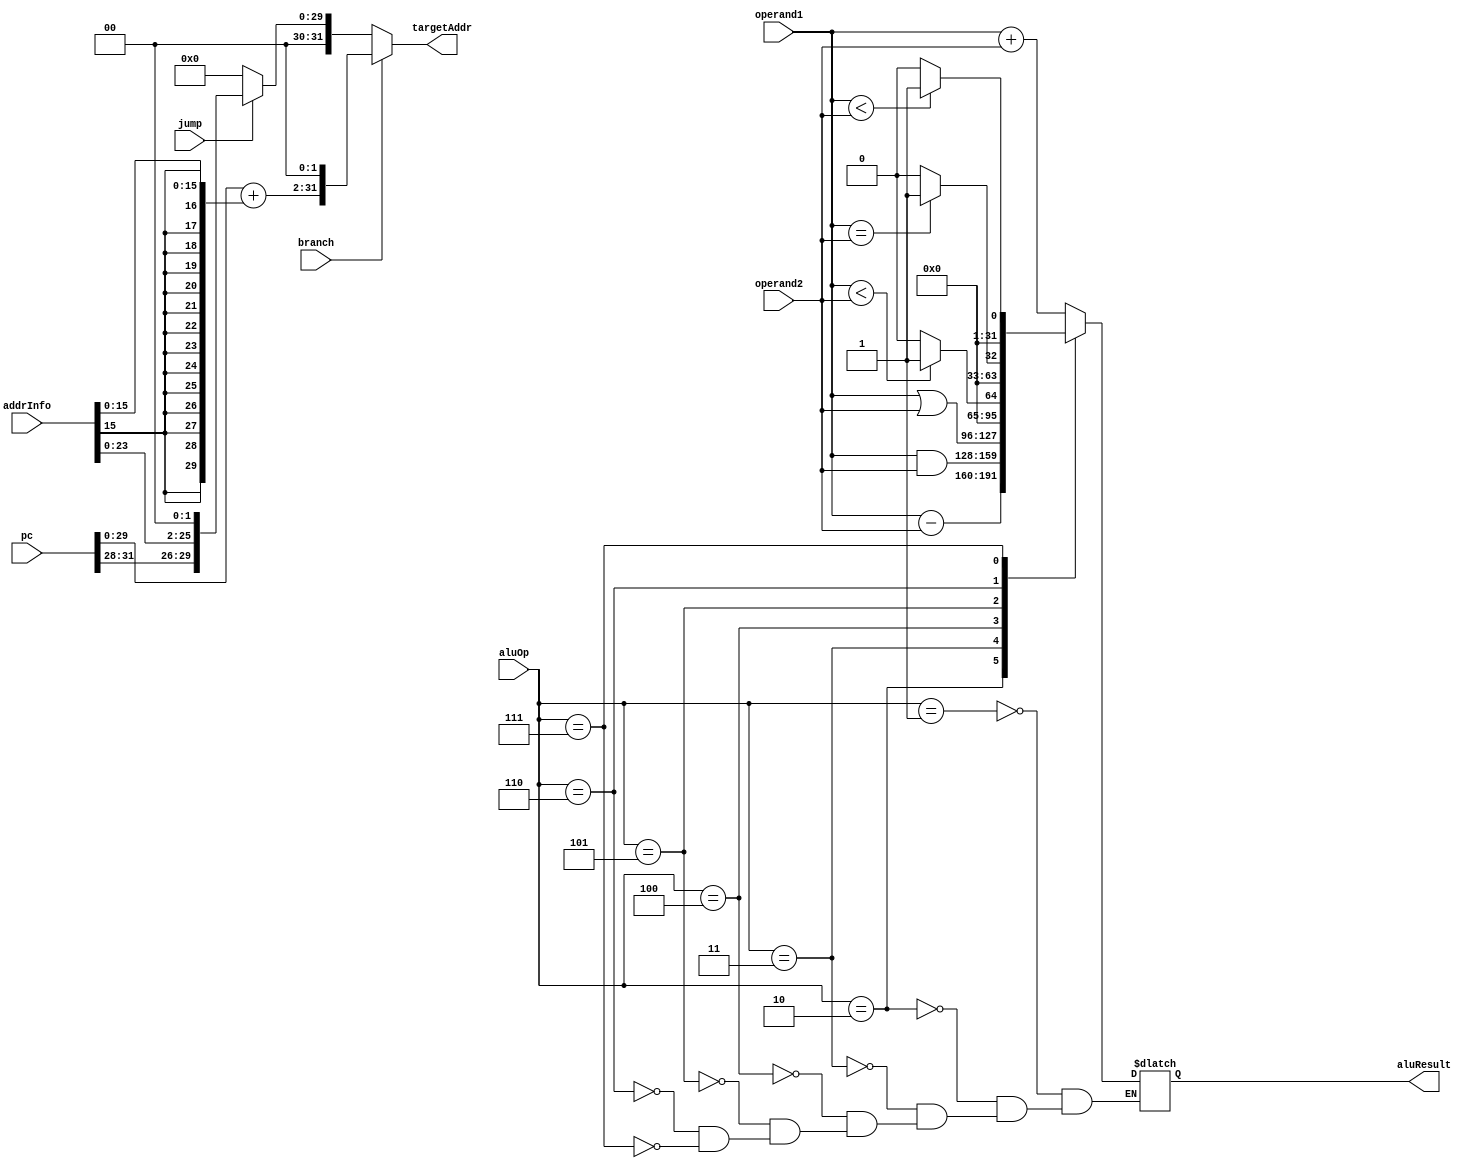
module alu(aluOp, operand1, operand2, jump, branch, pc, addrInfo, aluResult, targetAddr);

   input wire  [31:0] operand1, operand2;
   input wire [31:0]  pc;
   input wire [25:0]  addrInfo;
   input wire         jump, branch;
   input wire [2:0]   aluOp;
   output reg [31:0]  aluResult, targetAddr;


   // Use your alu module from Homework 3                                                                                                                                                      
   // Set "aluResult" to  the result of the ALU operation indicated by "aluOp".                                                                                                               \
                                                                                                                                                                                               
      // Set "targetAddr" if either "branch" or "jump" signal is  set.                                                                                                                        \
                                                                                                                                                                                               
   always @(aluOp or operand1 or operand2 or jump or  branch or pc or  addrInfo) begin
   // aluOP operations                                                                                                                                                                        \
                                                                                                                                                                                               
         // 1: Add operands.                                                                                                                                                                  \
                                                                                                                                                                                               
         case(aluOp)
           1: aluResult = operand1 + operand2;

           2: aluResult = operand1 - operand2;

           3: aluResult = operand1 & operand2;

           4: aluResult = operand1 | operand2;
// 2: Subtract operand2 from operand1.                                                                                                                                                     \
                                                                                                                                                                                               
              // 3: Bitwise AND of operands.                                                                                                                                                  \
                                                                                                                                                                                               
              // 4: Bitwise OR of operands.                                                                                                                                                   \
                                                                                                                                                                                               
              // 5: Output set to TRUE if operand1 is less than operand2 interpreted as unsigned integers; else set to FALSE.                                                                 \
                                                                                                                                                                                               
                5: begin
                   if($unsigned(operand1) < $unsigned(operand2)) aluResult = 1;

                   else aluResult = 0;

        end
 // 6: Output set to TRUE if operands are equal; else set to FALSE.                                                                                                                         \
                                                                                                                                                                                               
                6: begin
                   if(operand1 == operand2) aluResult = 1;

                   else aluResult = 0;

        end
 // 7: Output set to TRUE if operand1 is less than operand2 interpreted as signed integers; else set to FALSE.                                                                                
                7: begin
        if($signed(operand1) < $signed(operand2))  //???????????????????????????????????????INTEGER?????????????????????????????????????????????????                                          \
                                                                                                                                                                                               
          aluResult = 1;

        else
          aluResult = 0;

        end
     endcase
// Target Address for Branch                                                                                                                                                               \
                                                                                                                                                                                               
              //  Sign-extend the lower 16 bits of  "addrInfo", scale it by 4, and add to  "pc".                                                                                              \
                                                                                                                                                                                               
      if(branch == 1) targetAddr = pc + { {16{addrInfo[15]}}, {addrInfo[15:0]} } << 2;

      // addrInfo = { {16{addrInfo[15]}}, addrInfo };                                                                                                                                         \
                                                                                                                                                                                               
            // addrInfo = addrInfo << 2;                                                                                                                                                      \
                                                                                                                                                                                               
            // pc = pc + addrInfo;                                                                                                                                                            \
                                                                                                                                                                                               
         // Target Address for Jump                                                                                                                                                           \
                                                                                                                                                                                               
      else if(jump == 1) targetAddr = {{pc[31:28]},addrInfo << 2};


     // addrInfo = addrInfo << 2;                                                                                                                                                              
      else targetAddr = 0;

   end // always @ (aluOp or operand1 or operand2 or jump or  branch or pc or  addrInfo)                                                                                                       

                                                     // // // // // // // // // // // // // // // // //                                                                                        
endmodule